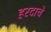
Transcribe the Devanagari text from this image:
हरदाचे